Insane asylums in Bengal annual reports 1867-1875 - 1867-1875
Year: 1867
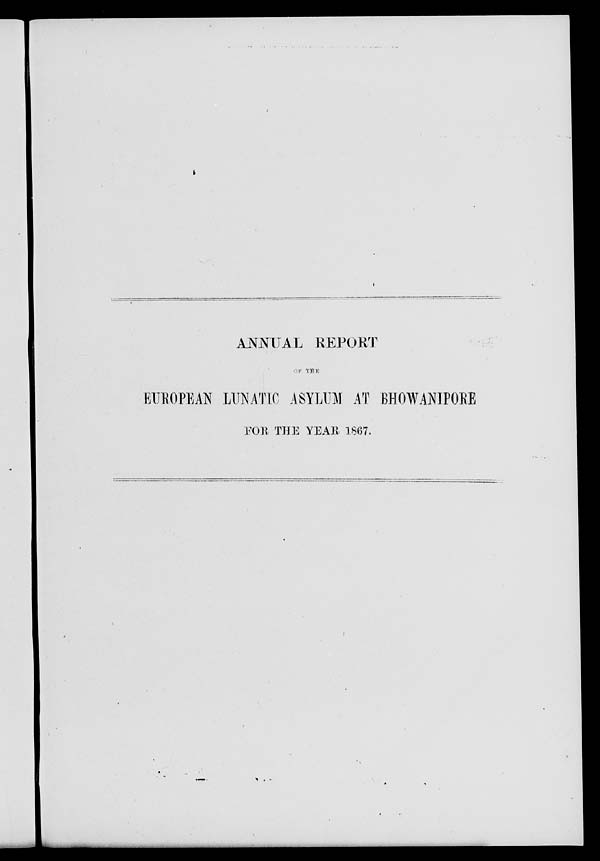
ANNUAL REPORT
OF THE
EUROPEAN LUNATIC ASYLUM AT BHOWANIPORE
FOR THE YEAR, 1867.